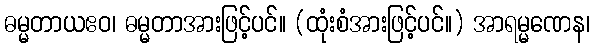
ဓမ္မတာယဧဝ၊ ဓမ္မတာအားဖြင့်ပင်။ (ထုံးစံအားဖြင့်ပင်။) အာရမ္မဏေန၊